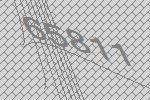
65811